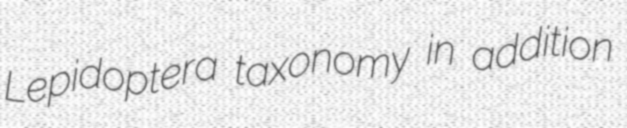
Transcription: Lepidoptera taxonomy in addition